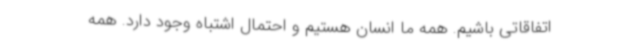
اتفاقاتی باشیم. همه ما انسان هستیم و احتمال اشتباه وجود دارد. همه